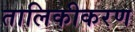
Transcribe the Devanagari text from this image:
तालिकीकरण